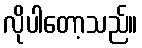
လိုပါတော့သည်။